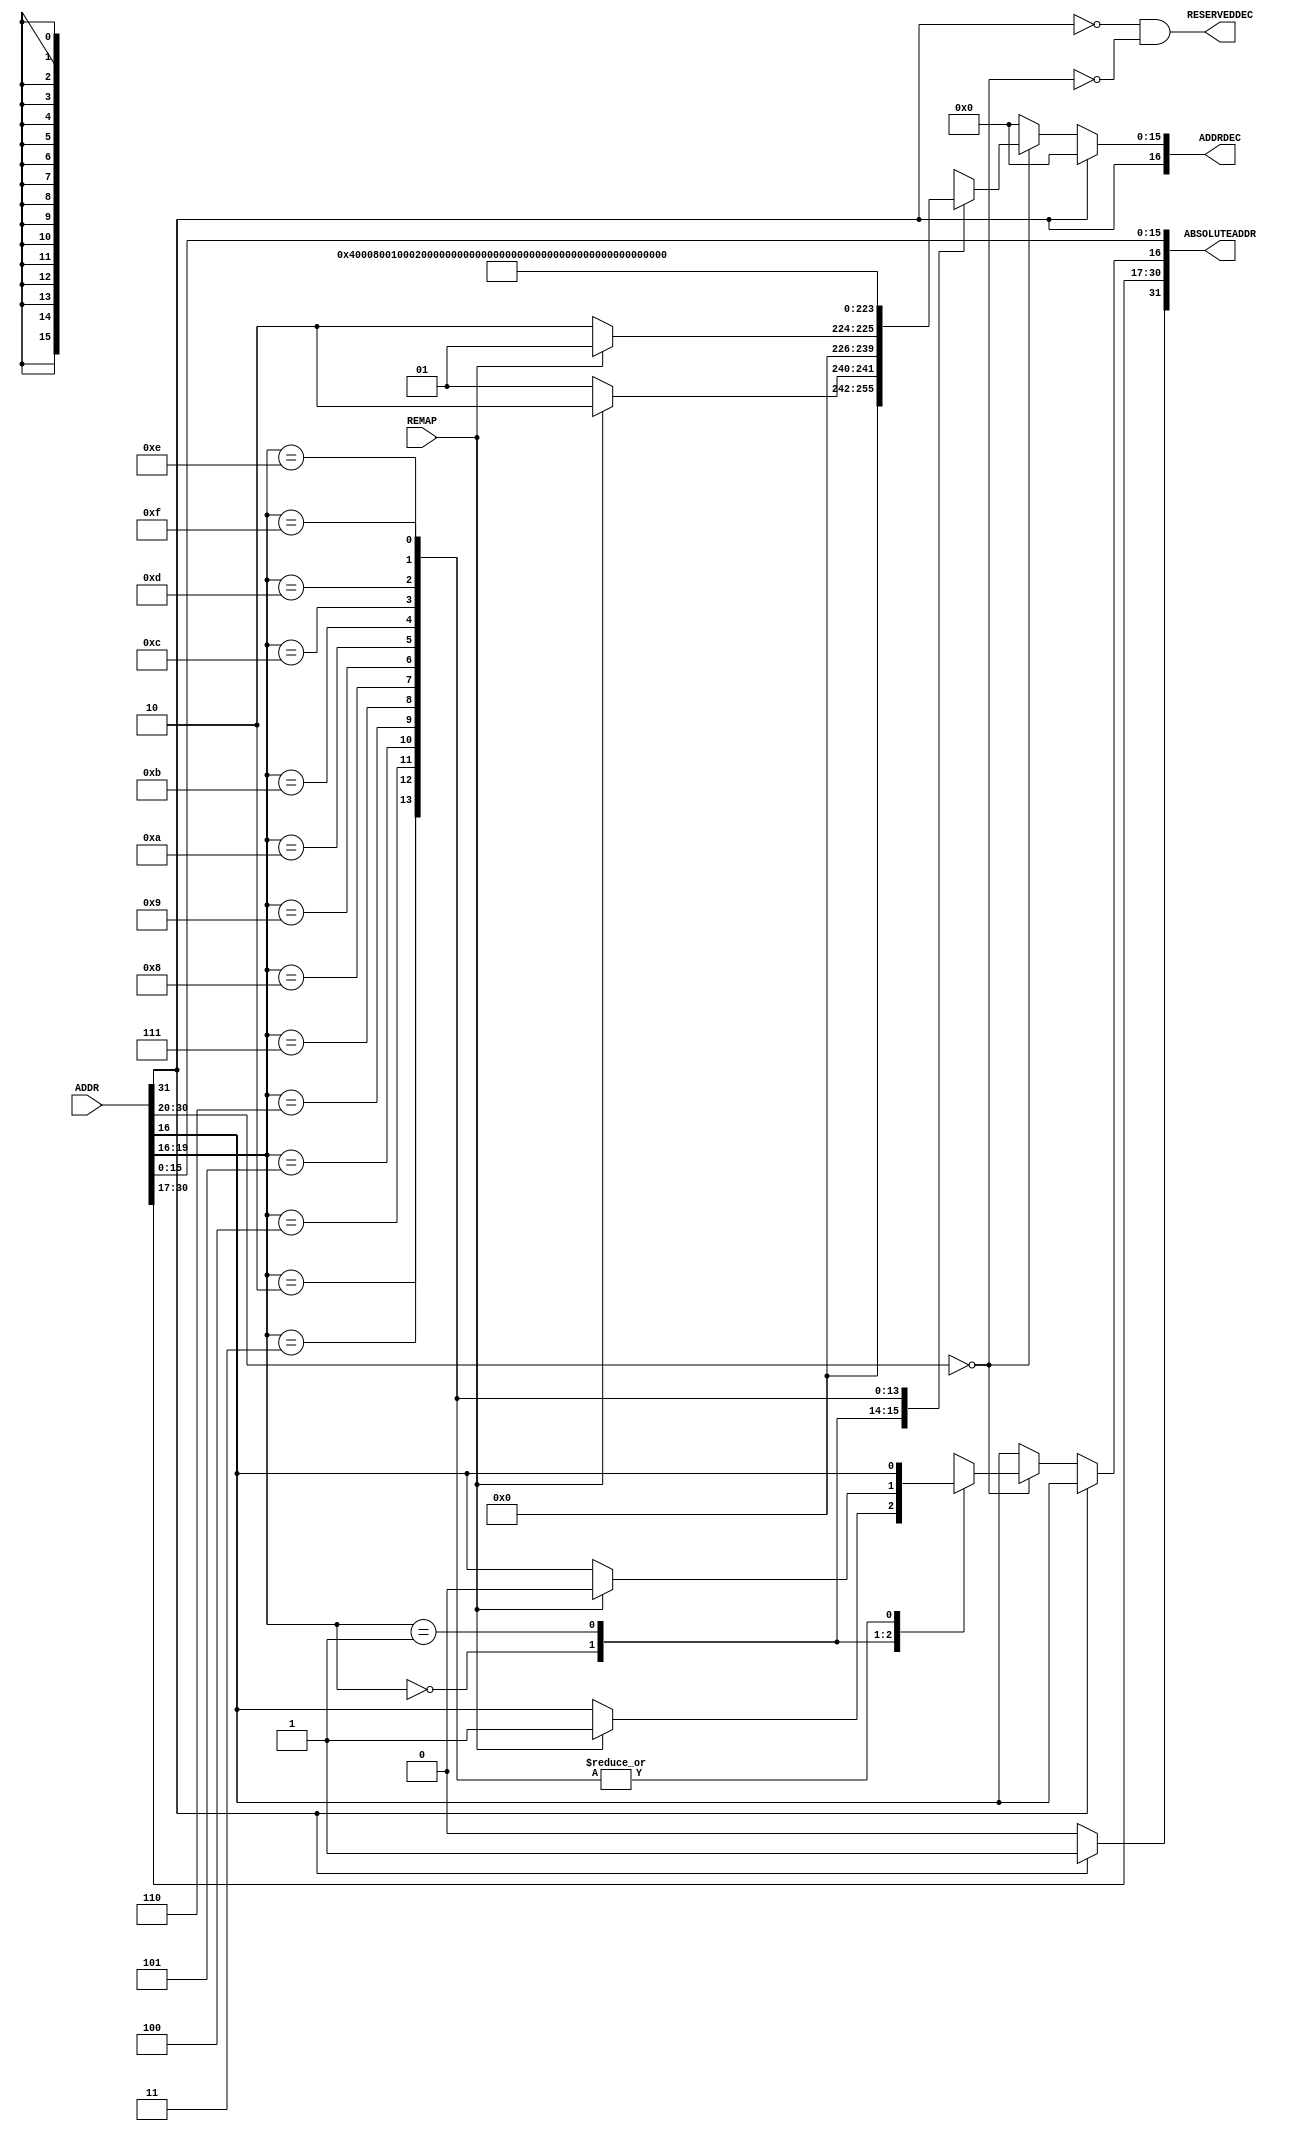
module COREAHBLITE_ADDRDEC #(
parameter [2:0]MEMSPACE				= 0,
parameter [0:0]HADDR_SHG_CFG		= 1,
parameter [15:0]SC                  = 0,
parameter [16:0]M_AHBSLOTENABLE		= (2**17)-1
)
(
input			[31:0]	ADDR,
input					REMAP,
output	wire	[16:0]	ADDRDEC,	
output	wire	[31:0]	ABSOLUTEADDR,
output  wire            RESERVEDDEC
);
localparam MSB_ADDR = (MEMSPACE == 1) ? 31 :
                      (MEMSPACE == 2) ? 27 :
                      (MEMSPACE == 3) ? 23 :
                      (MEMSPACE == 4) ? 19 :
                      (MEMSPACE == 5) ? 15 :
                      (MEMSPACE == 6) ? 11 :
                                        31 ;
localparam SLAVE_0		= 16'b0000000000000001;
localparam SLAVE_1		= 16'b0000000000000010;
localparam SLAVE_2		= 16'b0000000000000100;
localparam SLAVE_3		= 16'b0000000000001000;
localparam SLAVE_4		= 16'b0000000000010000;
localparam SLAVE_5		= 16'b0000000000100000;
localparam SLAVE_6		= 16'b0000000001000000;
localparam SLAVE_7		= 16'b0000000010000000;
localparam SLAVE_8		= 16'b0000000100000000;
localparam SLAVE_9		= 16'b0000001000000000;
localparam SLAVE_10		= 16'b0000010000000000;
localparam SLAVE_11		= 16'b0000100000000000;
localparam SLAVE_12		= 16'b0001000000000000;
localparam SLAVE_13		= 16'b0010000000000000;
localparam SLAVE_14		= 16'b0100000000000000;
localparam SLAVE_15		= 16'b1000000000000000;
localparam NONE			= 16'b0000000000000000;
reg		[15:0]	sdec_raw;
reg		[15:0]	sdec;
reg				s16dec;
reg		[31:0]	absaddr;
wire	[16:0]	ADDRDEC_pre;
wire    [3:0]   slotdec;
wire            m0_hugeslotdec;
wire            m0_otherslotsdec;
generate
begin: g_modes
	if (MEMSPACE == 0)
    begin: g_mem_0
        assign m0_hugeslotdec   = (ADDR[31]==1'b1);
        assign m0_otherslotsdec = (ADDR[30:20]==11'h000);
        assign slotdec          = ADDR[19:16];
        always @ ( * )
        begin
            absaddr[31:0]	= ADDR[31:0];
            sdec_raw[15:0]	= NONE;
            if (m0_hugeslotdec)
            begin
                s16dec = 1'b1;
                if (HADDR_SHG_CFG == 0)
                begin
                    absaddr[31] = 1'b0;
                end
                else
                begin
                    absaddr[31] = 1'b1;
                end
			end
            else if (m0_otherslotsdec)
            begin
                case (slotdec)
                4'h0:
                begin
                    if (REMAP==1'b0)
                    begin
                        sdec_raw[15:0]	= SLAVE_0;
                    end
                    else
                    begin
                        absaddr[16]	= 1'b1;
                        sdec_raw[15:0]	= SLAVE_1;
                    end
                end
                4'h1:
                begin
                    if (REMAP==1'b0)
                    begin
                        sdec_raw[15:0]	= SLAVE_1;
                    end
                    else
                    begin
                        absaddr[16]	= 1'b0;
                        sdec_raw[15:0]	= SLAVE_0;
                    end
                end
                4'h2: sdec_raw[15:0] = SLAVE_2;
                4'h3: sdec_raw[15:0] = SLAVE_3;
                4'h4: sdec_raw[15:0] = SLAVE_4;
                4'h5: sdec_raw[15:0] = SLAVE_5;
                4'h6: sdec_raw[15:0] = SLAVE_6;
                4'h7: sdec_raw[15:0] = SLAVE_7;
                4'h8: sdec_raw[15:0] = SLAVE_8;
                4'h9: sdec_raw[15:0] = SLAVE_9;
                4'hA: sdec_raw[15:0] = SLAVE_10;
                4'hB: sdec_raw[15:0] = SLAVE_11;
                4'hC: sdec_raw[15:0] = SLAVE_12;
                4'hD: sdec_raw[15:0] = SLAVE_13;
                4'hE: sdec_raw[15:0] = SLAVE_14;
                4'hF: sdec_raw[15:0] = SLAVE_15;
                endcase
            end
            sdec = sdec_raw;
            s16dec = m0_hugeslotdec;
        end
        assign RESERVEDDEC = m0_hugeslotdec==1'b0 & m0_otherslotsdec==1'b0;
    end
    else
    begin: g_mem_1
        assign m0_hugeslotdec   = 1'b0;
        assign m0_otherslotsdec = 1'b0;
        assign slotdec          = ADDR[MSB_ADDR:MSB_ADDR-3];
        always @ ( * )
        begin
            absaddr[31:0] = ADDR[31:0];
            case (slotdec)
            4'h0:
            begin
                if (REMAP == 1'b0)
                    sdec_raw[15:0]	= SLAVE_0;
                else
                begin
                    absaddr[MSB_ADDR-3]	= 1'b1;
                    sdec_raw[15:0]	= SLAVE_1;
                end
            end
            4'h1:
            begin
                if (REMAP == 1'b0)
                    sdec_raw[15:0]	= SLAVE_1;
                else
                begin
                    absaddr[MSB_ADDR-3]	= 1'b0;
                    sdec_raw[15:0]	= SLAVE_0;
                end
            end
            4'h2: sdec_raw[15:0] = SLAVE_2;
            4'h3: sdec_raw[15:0] = SLAVE_3;
            4'h4: sdec_raw[15:0] = SLAVE_4;
            4'h5: sdec_raw[15:0] = SLAVE_5;
            4'h6: sdec_raw[15:0] = SLAVE_6;
            4'h7: sdec_raw[15:0] = SLAVE_7;
            4'h8: sdec_raw[15:0] = SLAVE_8;
            4'h9: sdec_raw[15:0] = SLAVE_9;
            4'hA: sdec_raw[15:0] = SLAVE_10;
            4'hB: sdec_raw[15:0] = SLAVE_11;
            4'hC: sdec_raw[15:0] = SLAVE_12;
            4'hD: sdec_raw[15:0] = SLAVE_13;
            4'hE: sdec_raw[15:0] = SLAVE_14;
            4'hF: sdec_raw[15:0] = SLAVE_15;
            endcase
            sdec = sdec_raw & ~SC;      
            s16dec = |(sdec_raw & SC);  
        end
        assign RESERVEDDEC = 1'b0;
    end
	assign ADDRDEC_pre[16:0]	= {s16dec,sdec[15:0]};
	assign ABSOLUTEADDR[31:0]	= absaddr[31:0];
	assign ADDRDEC[16:0]		= ADDRDEC_pre[16:0];
end
endgenerate
endmodule